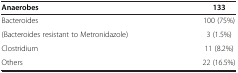
<table><thead><tr><td><b>Anaerobes</b></td><td><b>133</b></td></tr></thead><tbody><tr><td>Bacteroides</td><td>100 (75%)</td></tr><tr><td>(Bacteroides resistant to Metronidazole)</td><td>3 (1.5%)</td></tr><tr><td>Clostridium</td><td>11 (8.2%)</td></tr><tr><td>Others</td><td>22 (16.5%)</td></tr></tbody></table>